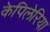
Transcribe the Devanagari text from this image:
केपिलेरिया